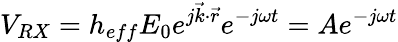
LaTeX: V_{RX}=h_{eff}E_{0}e^{j\vec{k}\cdot\vec{r}}e^{-j\omega t}=Ae^{-j\omega t}